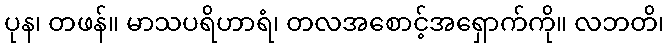
ပုန၊ တဖန်။ မာသပရိဟာရံ၊ တလအစောင့်အရှောက်ကို။ လဘတိ၊